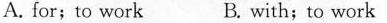
A. for;to work B. with;to work